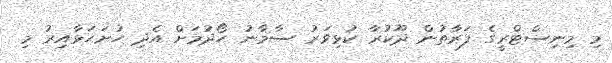
މި މިނިސްޓްރީގެ ފަރާތުން ދޫކުރާ ކުޅިވަރު ސާމާނު ހޯދުމަށް އެދި ހުށަހަޅާއިރު މި